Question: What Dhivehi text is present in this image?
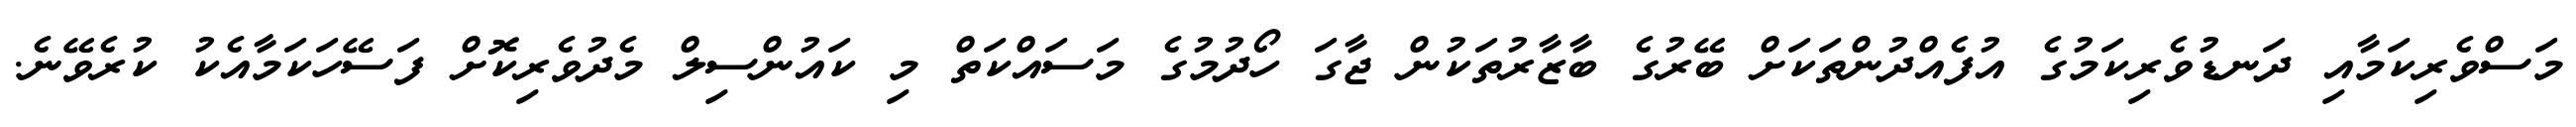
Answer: މަސްވެރިކަމާއި ދަނޑުވެރިކަމުގެ އުފެއްދުންތަކަށް ބޭރުގެ ބާޒާރުތަކުން ޖާގަ ހޯދުމުގެ މަސައްކަތް މި ކައުންސިލް މެދުވެރިކޮށް ފަސޭހަކަމާއެކު ކުރެވޭނެ.